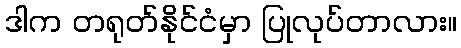
ဒါက တရုတ်နိုင်ငံမှာ ပြုလုပ်တာလား။